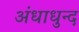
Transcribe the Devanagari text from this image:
अंधाधुन्द